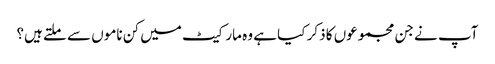
آپ نے جن مجموعوں کا ذکر کیا ہے وہ مارکیٹ میں کن ناموں سے ملتے ہیں؟